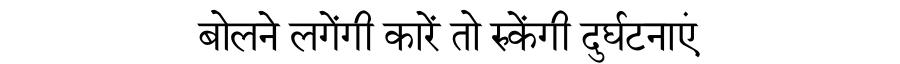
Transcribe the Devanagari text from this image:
बोलने लगेंगी कारें तो रुकेंगी दुर्घटनाएं